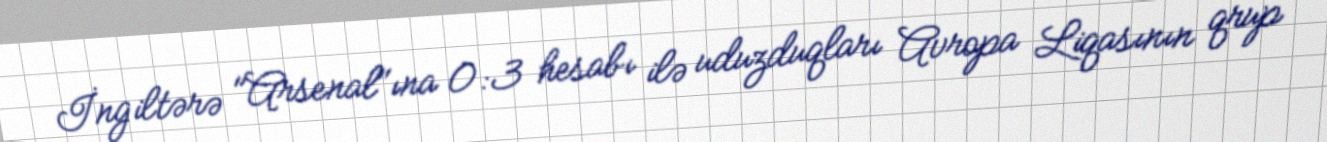
İngiltərə "Arsenal"ına 0:3 hesabı ilə uduzduqları Avropa Liqasının qrup